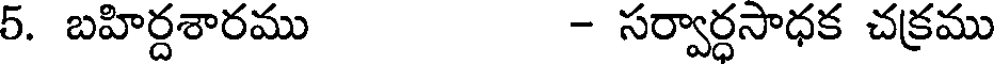
5. బహిర్దశారము - సర్వార్ధసాధక చక్రము